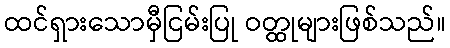
ထင်ရှားသောမှီငြမ်းပြု ဝတ္ထုများဖြစ်သည်။